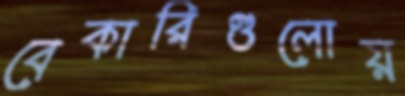
বেকারিগুলোয়